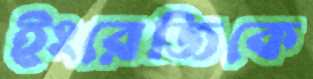
ইংরেজিকে